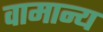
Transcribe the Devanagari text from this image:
वामान्य